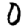
Digit: 0